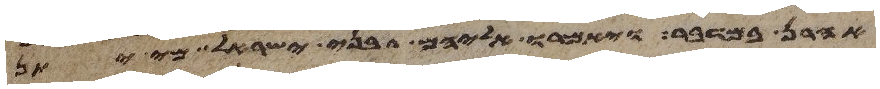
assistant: אהרן במדבר ויאמרו אליהם בני ישראל מי יתן